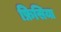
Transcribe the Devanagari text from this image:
फ्रिसिया